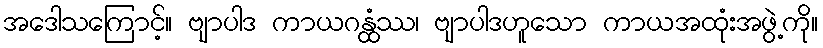
အဒေါသကြောင့်။ ဗျာပါဒ ကာယဂန္ထံဿ၊ ဗျာပါဒဟူသော ကာယအထုံးအဖွဲ့ကို။